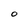
Character: O